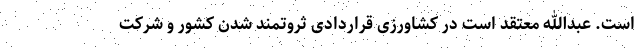
است. عبدالله معتقد است در کشاورزی قراردادی ثروتمند شدن کشور و شرکت